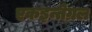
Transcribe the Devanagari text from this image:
एकइन्तेग्रल